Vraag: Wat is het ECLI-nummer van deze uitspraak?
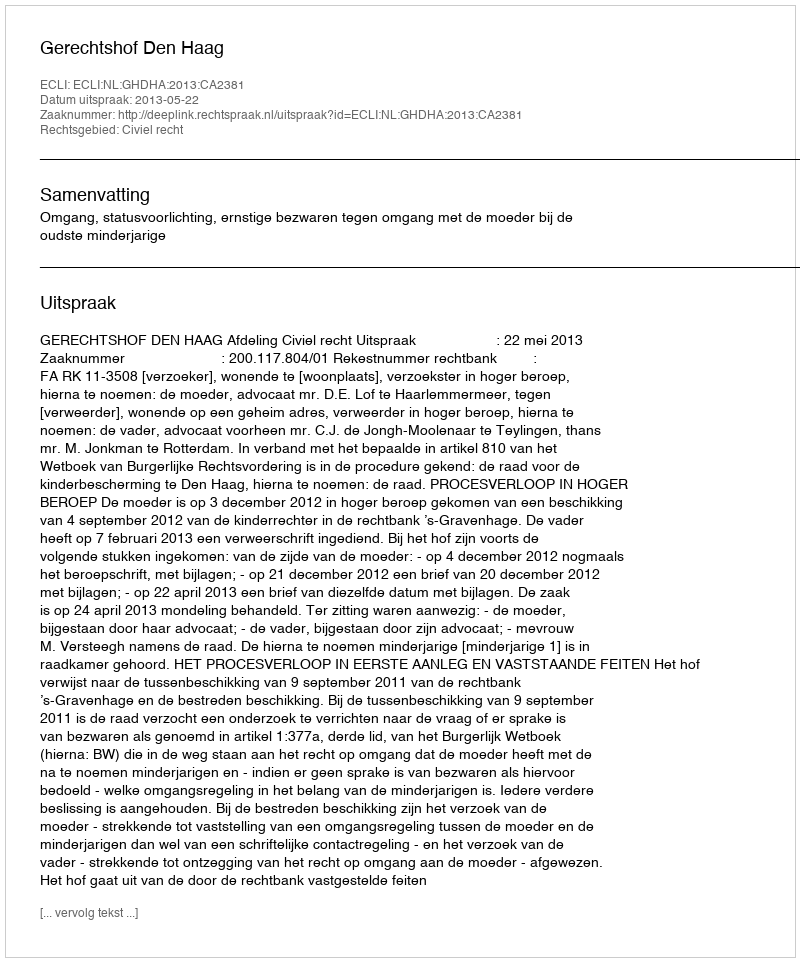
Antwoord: ECLI:NL:GHDHA:2013:CA2381